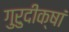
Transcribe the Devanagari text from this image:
गुरुदीक्षां